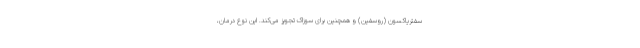
سفتریاکسون (روسفین) و همچنین برای سوزاک تجویز می‌کند. این نوع درمان،